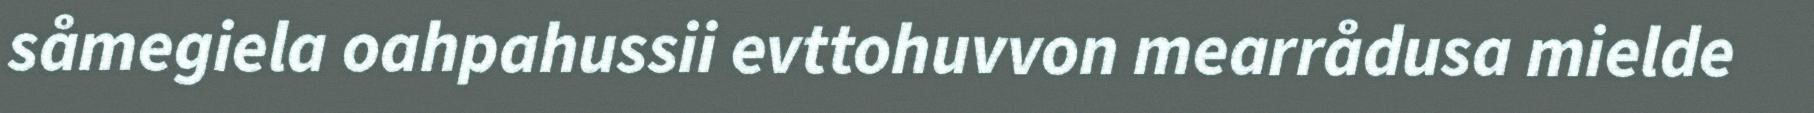
såmegiela oahpahussii evttohuvvon mearrådusa mielde